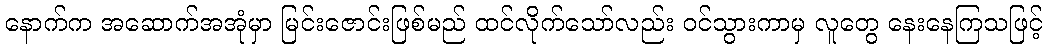
နောက်က အဆောက်အအုံမှာ မြင်းဇောင်းဖြစ်မည် ထင်လိုက်သော်လည်း ဝင်သွားကာမှ လူတွေ နေးနေကြသဖြင့်